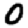
Digit: 0